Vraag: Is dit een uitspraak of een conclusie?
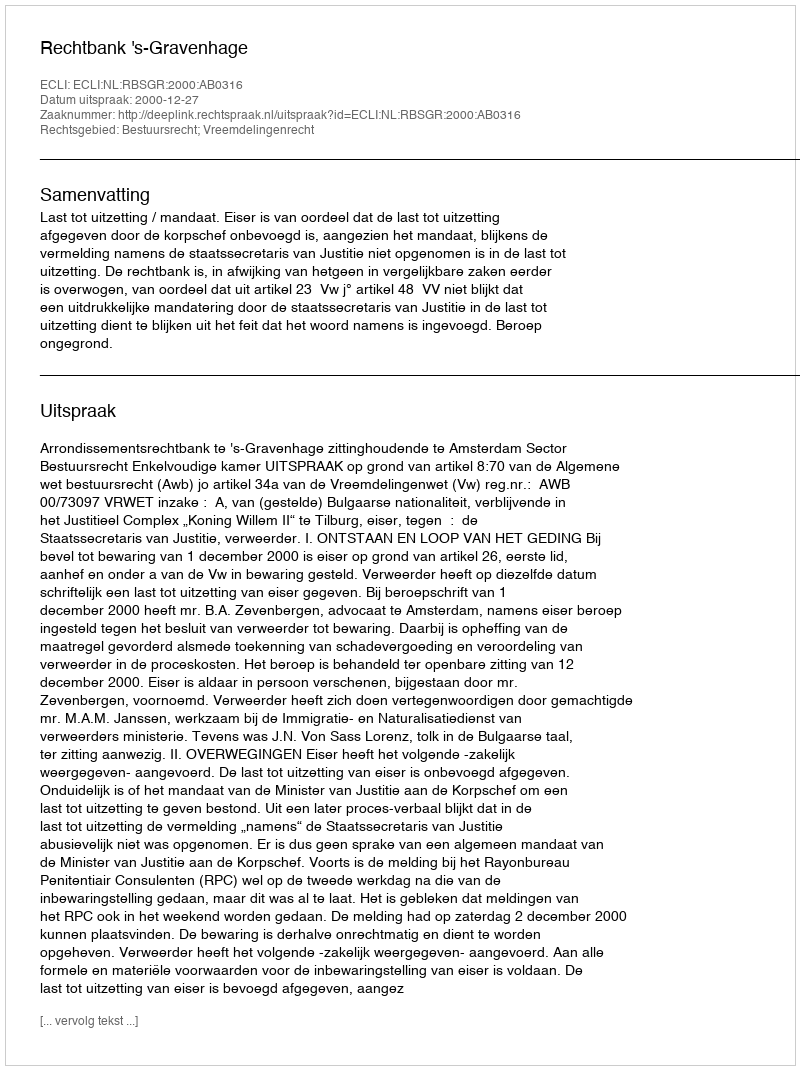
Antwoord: Uitspraak